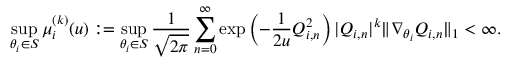
\operatorname* { s u p } _ { \theta _ { i } \in S } \mu _ { i } ^ { ( k ) } ( u ) : = \operatorname* { s u p } _ { \theta _ { i } \in S } \frac { 1 } { \sqrt { 2 \pi } } \sum _ { n = 0 } ^ { \infty } \exp \left( - \frac { 1 } { 2 u } Q _ { i , n } ^ { 2 } \right) | Q _ { i , n } | ^ { k } \| \nabla _ { \theta _ { i } } Q _ { i , n } \| _ { 1 } < \infty .